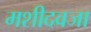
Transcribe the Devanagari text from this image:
मशीदवजा